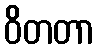
ဝိတတာ